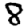
Digit: 8